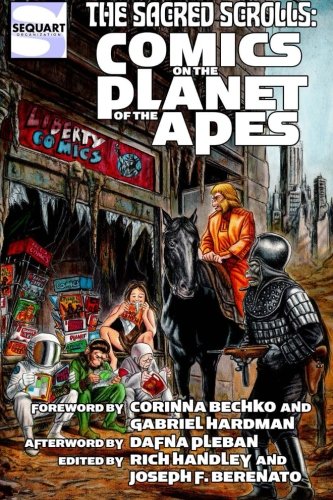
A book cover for The Sacred Scrolls: Comics on the Planet of the Apes; Rich Handley; Comics & Graphic Novels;